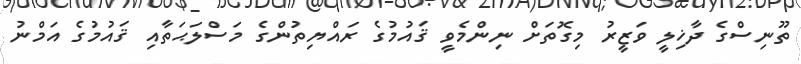
ތޫނިސްގެ ދާޚިލީ ވަޒީރު މިގޮތަށް ނިންމެވީ ޤައުމުގެ ރައްޔިތުންގެ މަސްލަޙަތާއި ޤައުމުގެ އަމްނު